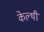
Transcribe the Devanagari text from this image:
केल्थी